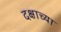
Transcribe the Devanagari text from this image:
दक्षाच्या